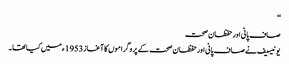
‘‘
صاف پانی اور حفظان صحت
یونیسیف نے صاف پانی اور حفظان صحت کے پروگراموں کا آغاز 1953ء میں کیا تھا۔